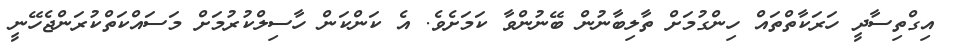
އިގްތިސާދީ ހަރަކާތްތައް ހިންގުމަށް ތާލިބާނުން ބޭނުންވާ ކަމަށެވެ. އެ ކަންކަން ހާސިލްކުރުމަށް މަސައްކަތްކުރަންޖެހޭނީ